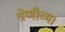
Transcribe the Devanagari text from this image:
श्रेणीव्म।